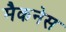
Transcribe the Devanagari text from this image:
मैकनेस